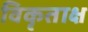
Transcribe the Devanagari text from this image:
विकृताक्ष